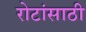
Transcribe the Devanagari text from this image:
रोटांसाठी